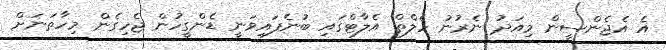
އެ އެޖެންސީން މިއަދު ނެރުނު ހެލްތް އެލާޓްގައި ބުނެފައިވަނީ ޑެންގީހުން ޖެހިގެން މިހާތަނަށް